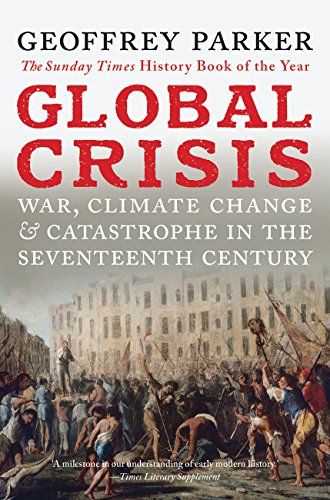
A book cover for Global Crisis: War, Climate Change and Catastrophe in the Seventeenth Century; Geoffrey Parker; Science & Math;